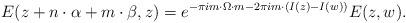
LaTeX: \begin{align*}E(z+{n}\cdot {\alpha} +{m}\cdot {\beta},z)=e^{-\pi i m\cdot \Omega\cdot m -2\pi i m\cdot\left(I(z)-I(w)\right)}E(z,w).\end{align*}